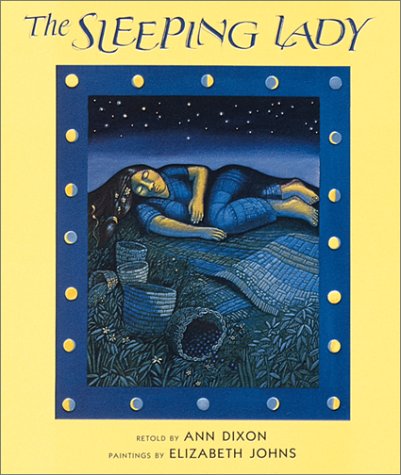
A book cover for The Sleeping Lady; Travel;